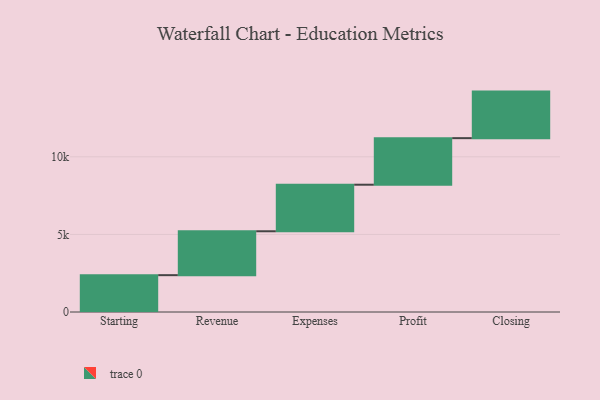
{"axis": {"x": "Step", "y": "Value"}, "legend": [""], "data": [{"x": "Starting", "y": 2374.0, "type": ""}, {"x": "Revenue", "y": 2829.0, "type": ""}, {"x": "Expenses", "y": 3000, "type": ""}, {"x": "Profit", "y": 3000, "type": ""}, {"x": "Closing", "y": 3000, "type": ""}]}